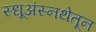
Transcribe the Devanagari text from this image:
स्धूअंस्नथेतून